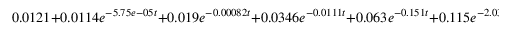
0 . 0 1 2 1 + 0 . 0 1 1 4 e ^ { - 5 . 7 5 e - 0 5 t } + 0 . 0 1 9 e ^ { - 0 . 0 0 0 8 2 t } + 0 . 0 3 4 6 e ^ { - 0 . 0 1 1 1 t } + 0 . 0 6 3 e ^ { - 0 . 1 5 1 t } + 0 . 1 1 5 e ^ { - 2 . 0 3 t } + 0 . 2 1 2 e ^ { - 2 7 . 3 t } + 0 . 5 3 2 e ^ { - 4 2 7 t }